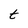
Character: t